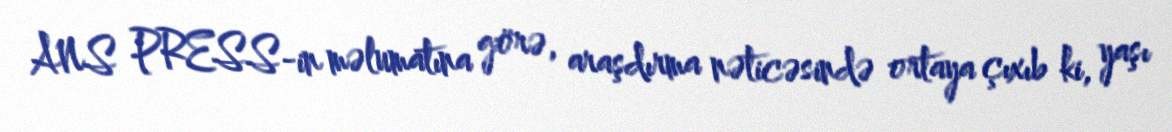
ANS PRESS-in məlumatına görə, araşdırma nəticəsində ortaya çıxıb ki, yaşı